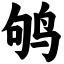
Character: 鸲